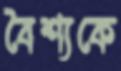
বৈশ্যকে